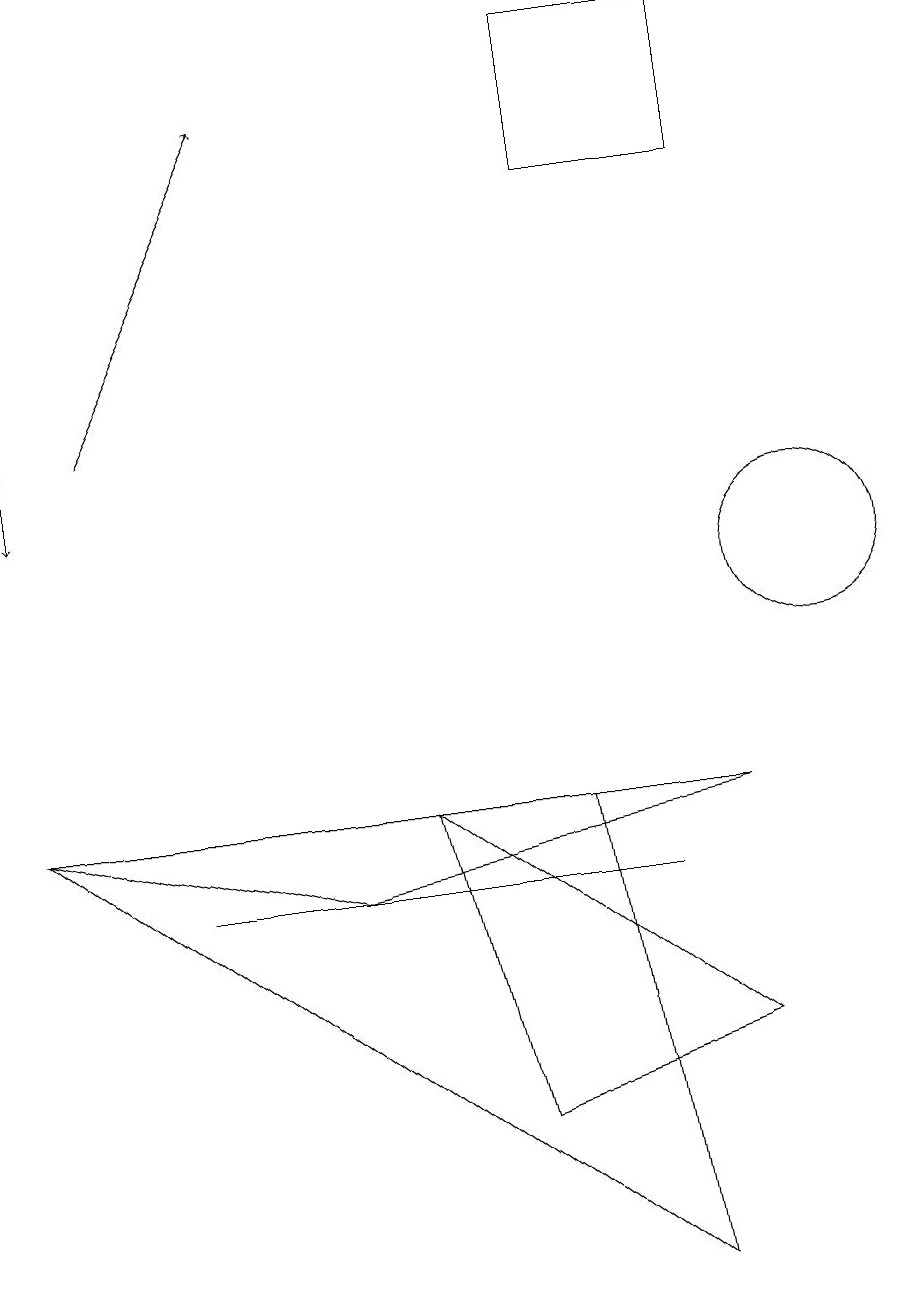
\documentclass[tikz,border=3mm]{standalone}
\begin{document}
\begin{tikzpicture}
\draw (9,9) -- (0,9) -- (4,8) -- cycle;
\draw (7,17) rectangle (9,19);
\draw (9,6) -- (5,9) -- (6,5) -- cycle;
\draw (7,9) -- (0,9) -- (8,3) -- cycle;
\draw[->] (0,14) -- (0,13);
\draw[->] (1,14) -- (3,18);
\draw (2,8) -- (8,8) -- (6,8) -- cycle;
\draw (10,12) circle (1);
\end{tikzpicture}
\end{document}